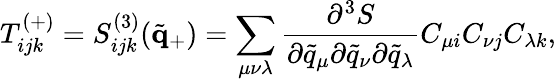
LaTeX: T_{ijk}^{(+)}=S_{ijk}^{(3)}(\tilde{\mathbf{q}}_{+})=\sum_{\mu\nu\lambda}\frac{\partial^{3}S}{\partial\tilde{q}_{\mu}\partial\tilde{q}_{\nu}\partial\tilde{q}_{\lambda}}C_{\mu i}C_{\nu j}C_{\lambda k},